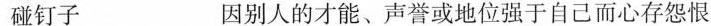
碰钉子 因别人的才能、声誉或地位强于自己而心存怨恨